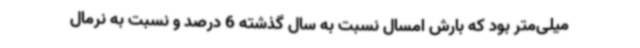
میلی‌متر بود که بارش امسال نسبت به سال گذشته 6 درصد و نسبت به نرمال